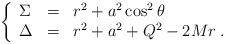
LaTeX: \begin{align*}\left\{\begin{array}{lcl}\Sigma &=& r^2 + a^2\cos^2\theta\\\Delta &=& r^2 + a^2 + Q^2 - 2Mr\;. \end{array}\right.\end{align*}